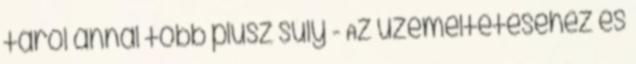
tárol annál több plusz súly - Az üzemeltetéséhez és